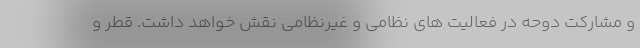
و مشارکت دوحه در فعالیت های نظامی و غیرنظامی نقش خواهد داشت. قطر و